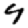
Digit: 4